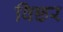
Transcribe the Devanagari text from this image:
विछर